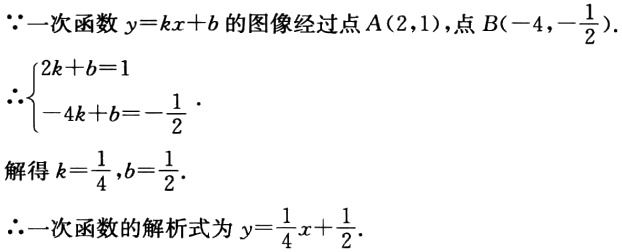
\(\because\)一次函数\(y = kx + b\)的图像经过点\(A(2,1)\)，点\(B\left(-4,-\dfrac{1}{2}\right)\).
\(\therefore\begin{cases}2k + b = 1\\-4k + b = -\dfrac{1}{2}\end{cases}\).
解得\(k = \dfrac{1}{4}\)，\(b = \dfrac{1}{2}\).
\(\therefore\)一次函数的解析式为\(y=\dfrac{1}{4}x+\dfrac{1}{2}\).